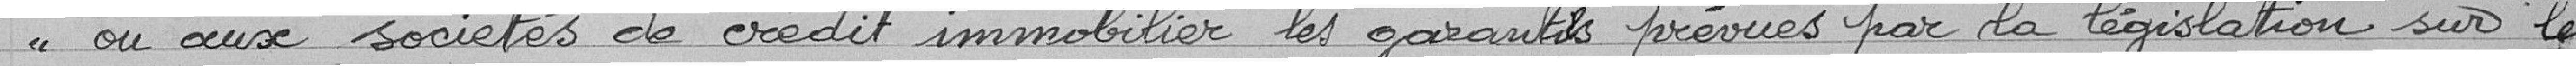
ou aux sociétés de crédit immobilier, les garanties prévues par la législation sur les